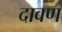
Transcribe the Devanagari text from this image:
दावण